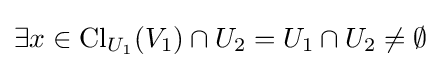
\exists x\in \operatorname {Cl} _{U_{1}}(V_{1})\cap U_{2}=U_{1}\cap U_{2}\neq \emptyset